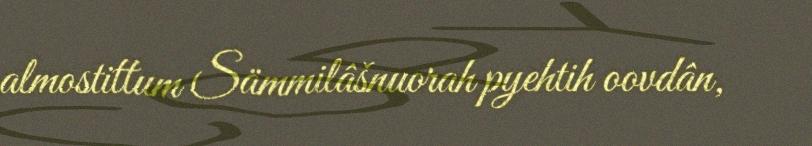
almostittum Sämmilâšnuorah pyehtih oovdân,